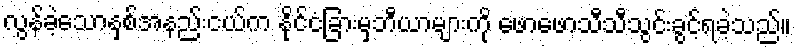
လွန်ခဲ့သောနှစ်အနည်းငယ်က နိုင်ငံခြားမှဘီယာများကို ဖောဖောသီသီသွင်းခွင့်ရခဲ့သည်။